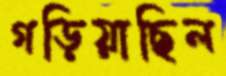
গড়িয়াছিল